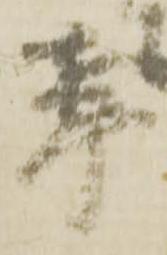
辛